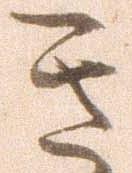
き